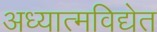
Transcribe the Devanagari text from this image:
अध्यात्मविद्येत